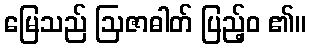
မြေသည် ဩဇာဓါတ် ပြည့်ဝ ၏။